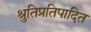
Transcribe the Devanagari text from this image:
श्रुतिप्रतिपादित